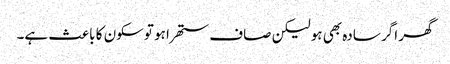
گھر اگر سادہ بھی ہو لیکن صاف ستھرا ہو توسکون کا باعث ہے۔